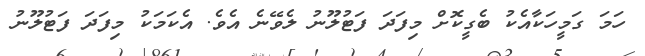
ހަމަ ގަމީހަކާއެކު ބެގީކޮށް މިފަދަ ފަޓުލޫނު ލެވޭނެ އެވެ. އެކަމަކު މިފަދަ ފަޓުލޫނު